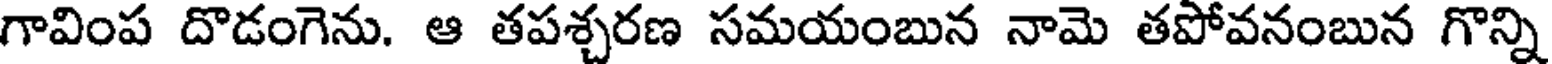
గావింప దొడంగెను. ఆ తపశ్చరణ సమయంబున నామె తపోవనంబున గొన్ని